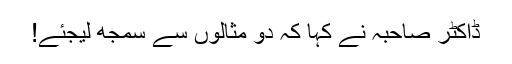
ڈاکٹر صاحبہ نے کہا کہ دو مثالوں سے سمجھ لیجئے!